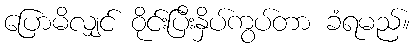
ပြောမိလျှင် ဝိုင်းပြီးနှိပ်ကွပ်တာ ခံရမည်။